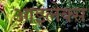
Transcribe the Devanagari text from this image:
आइलेक्स